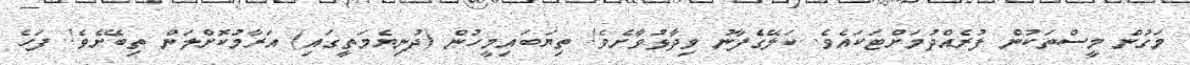
މަގުން މީސްތަކުން ފުރެއްދުމަށްޓަކައެވެ. ކަލޭގެފާނު ވިދާޅުވާށެވެ! ތިޔަބައިމީހުން (ދުނިޔެމަތީގައި) އަރާމުކޮށްލަން ތިބޭށެވެ! ފަހެ